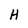
Character: H